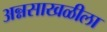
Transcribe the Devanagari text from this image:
अन्नसाखळीला